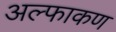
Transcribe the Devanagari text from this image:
अल्फाकण